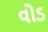
વોડ